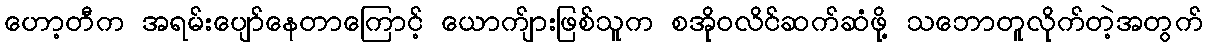
ဟော့တီက အရမ်းပျော်နေတာကြောင့် ယောက်ျားဖြစ်သူက စအိုဝလိင်ဆက်ဆံဖို့ သဘောတူလိုက်တဲ့အတွက်